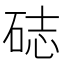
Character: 𥒺